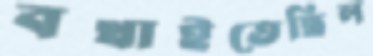
বখাইতেছিল